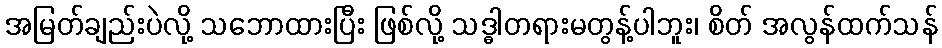
အမြတ်ချည်းပဲလို့ သဘောထားပြီး ဖြစ်လို့ သဒ္ဓါတရားမတွန့်ပါဘူး၊ စိတ် အလွန်ထက်သန်